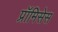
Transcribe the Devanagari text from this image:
प्रॉमिसेस